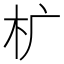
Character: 𰗓